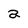
Character: a